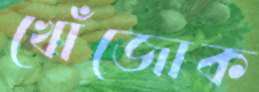
খোঁজোক